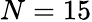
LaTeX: N=15